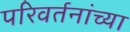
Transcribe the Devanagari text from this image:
परिवर्तनांच्या